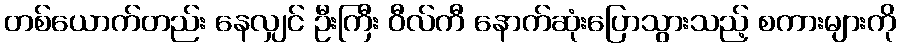
တစ်ယောက်တည်း နေလျှင် ဦးကြီး ဝီလ်ကီ နောက်ဆုံးပြောသွားသည့် စကားများကို